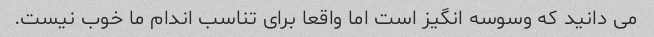
می دانید که وسوسه انگیز است اما واقعا برای تناسب اندام ما خوب نیست.